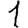
Digit: 1